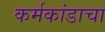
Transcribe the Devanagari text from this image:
कर्मकांडाचा